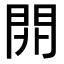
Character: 𨳡